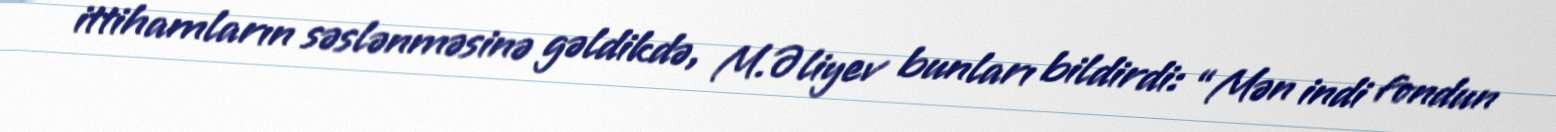
ittihamların səslənməsinə gəldikdə, M.Əliyev bunları bildirdi: “Mən indi fondun